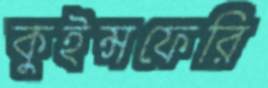
কুইন্সফেরি